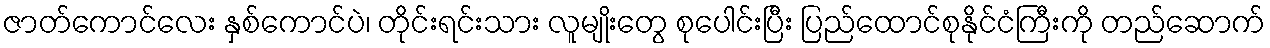
ဇာတ်ကောင်လေး နှစ်ကောင်ပဲ၊ တိုင်းရင်းသား လူမျိုးတွေ စုပေါင်းပြီး ပြည်ထောင်စုနိုင်ငံကြီးကို တည်ဆောက်